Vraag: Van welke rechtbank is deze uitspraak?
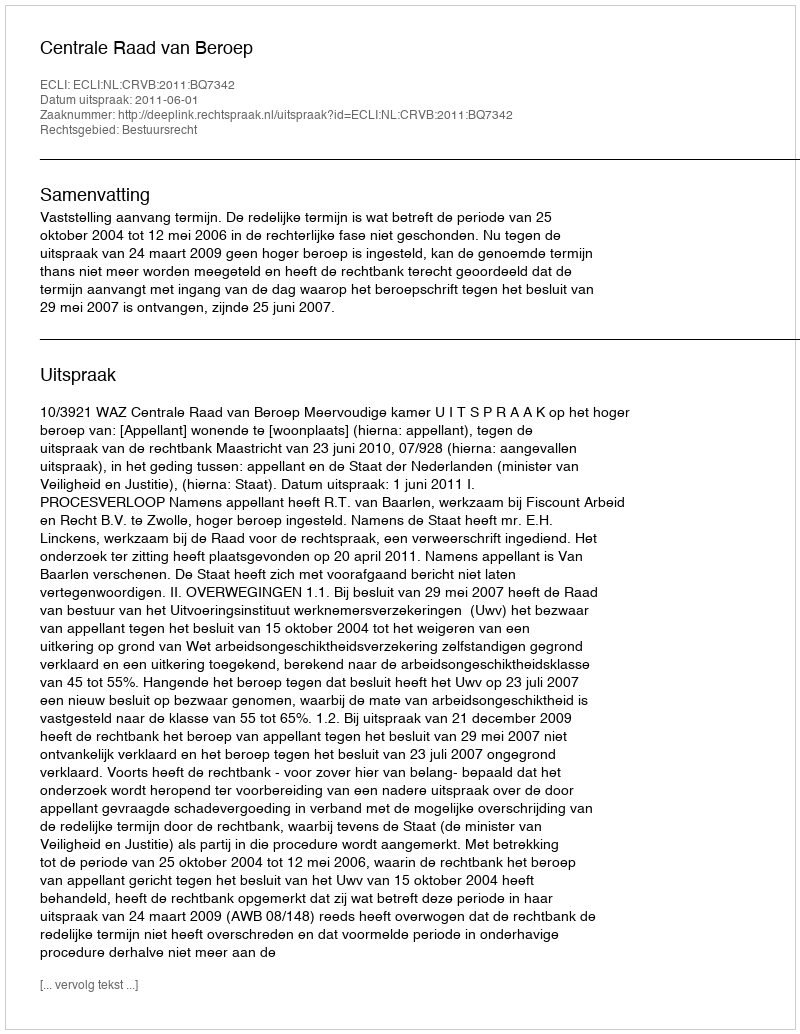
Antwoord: Centrale Raad van Beroep